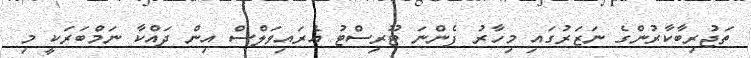
ތަޖުރިބާކާރުންގެ ނަޒަރުގައި މިހާރު ފެންނަ ޓޫރިސްޓު އެރައިވަލްސް އިން ދައްކާ ނަމްބަރަކީ މި